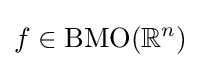
f\in \operatorname {BMO} (\mathbb {R} ^{n})